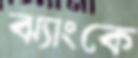
ঝ্যাংকে